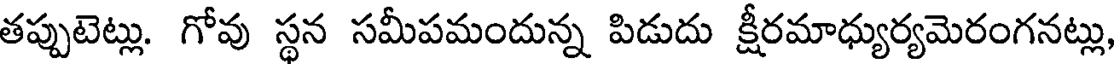
తప్పుటెట్లు. గోవు స్థన సమీపమందున్న పిడుదు క్షీరమాధ్యుర్యమెరంగనట్లు,